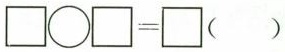
$$\Box \bigcirc \Box = \Box$$()